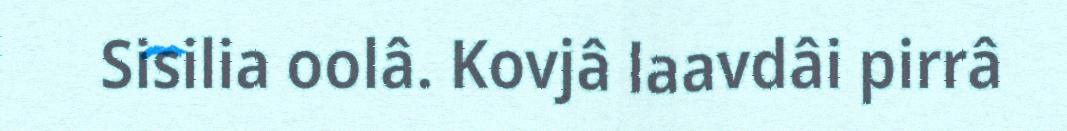
Sisilia oolâ. Kovjâ laavdâi pirrâ